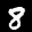
Label: 8